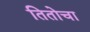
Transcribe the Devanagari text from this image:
तितोचा